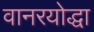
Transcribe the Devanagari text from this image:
वानरयोद्धा